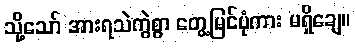
သို့သော် အားရသဲကွဲစွာ တွေ့မြင်ပုံကား မရှိချေ။